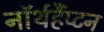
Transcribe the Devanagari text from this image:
नॉर्थहैंप्टन